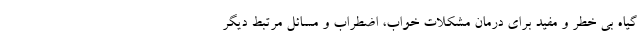
گیاه بی خطر و مفید برای درمان مشکلات خواب، اضطراب و مسائل مرتبط دیگر